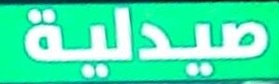
صیدلیة